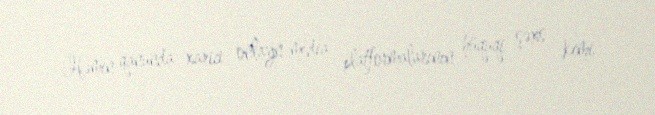
Həmin qanunda xarici onlayn media platformalarının hüquqi şəxs kimi